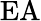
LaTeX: \mathrm{EA}